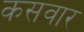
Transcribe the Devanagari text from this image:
कसवार